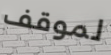
لموقف